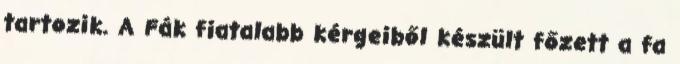
tartozik. A Fák fiatalabb kérgeiből készült főzett a fa